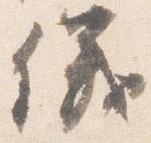
儀